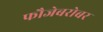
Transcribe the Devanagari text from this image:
फौजेबरोबर